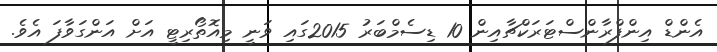
އެންޑް އިންފްރާންސްޓަރަކްޗާއިން 10 ޑިސެމްބަރު 2015ގައި ވަނީ މިއޮތޯރިޓީ އަށް އަންގަވާފަ އެވެ.